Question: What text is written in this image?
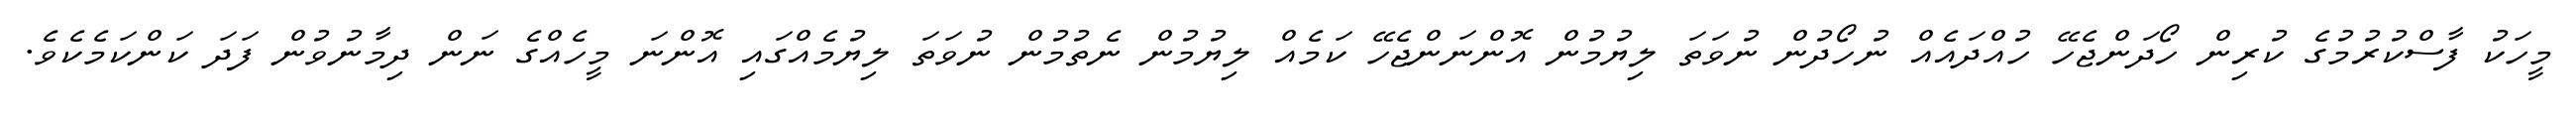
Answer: މީހަކު ފާސްކުރުމުގެ ކުރިން ހޯދަންޖެހޭ ހުއްދައެއް ނުހޯދުން ނުވަތަ ލިޔުމުން އޮންނަންޖެހޭ ކަމެއް ލިޔުމުން ނެތުމުން ނުވަތަ ލިޔުމެއްގައި އޮންނަ މީހެއްގެ ނަން ދިމާނުވުން ފަދަ ކަންކަމެކެވެ.